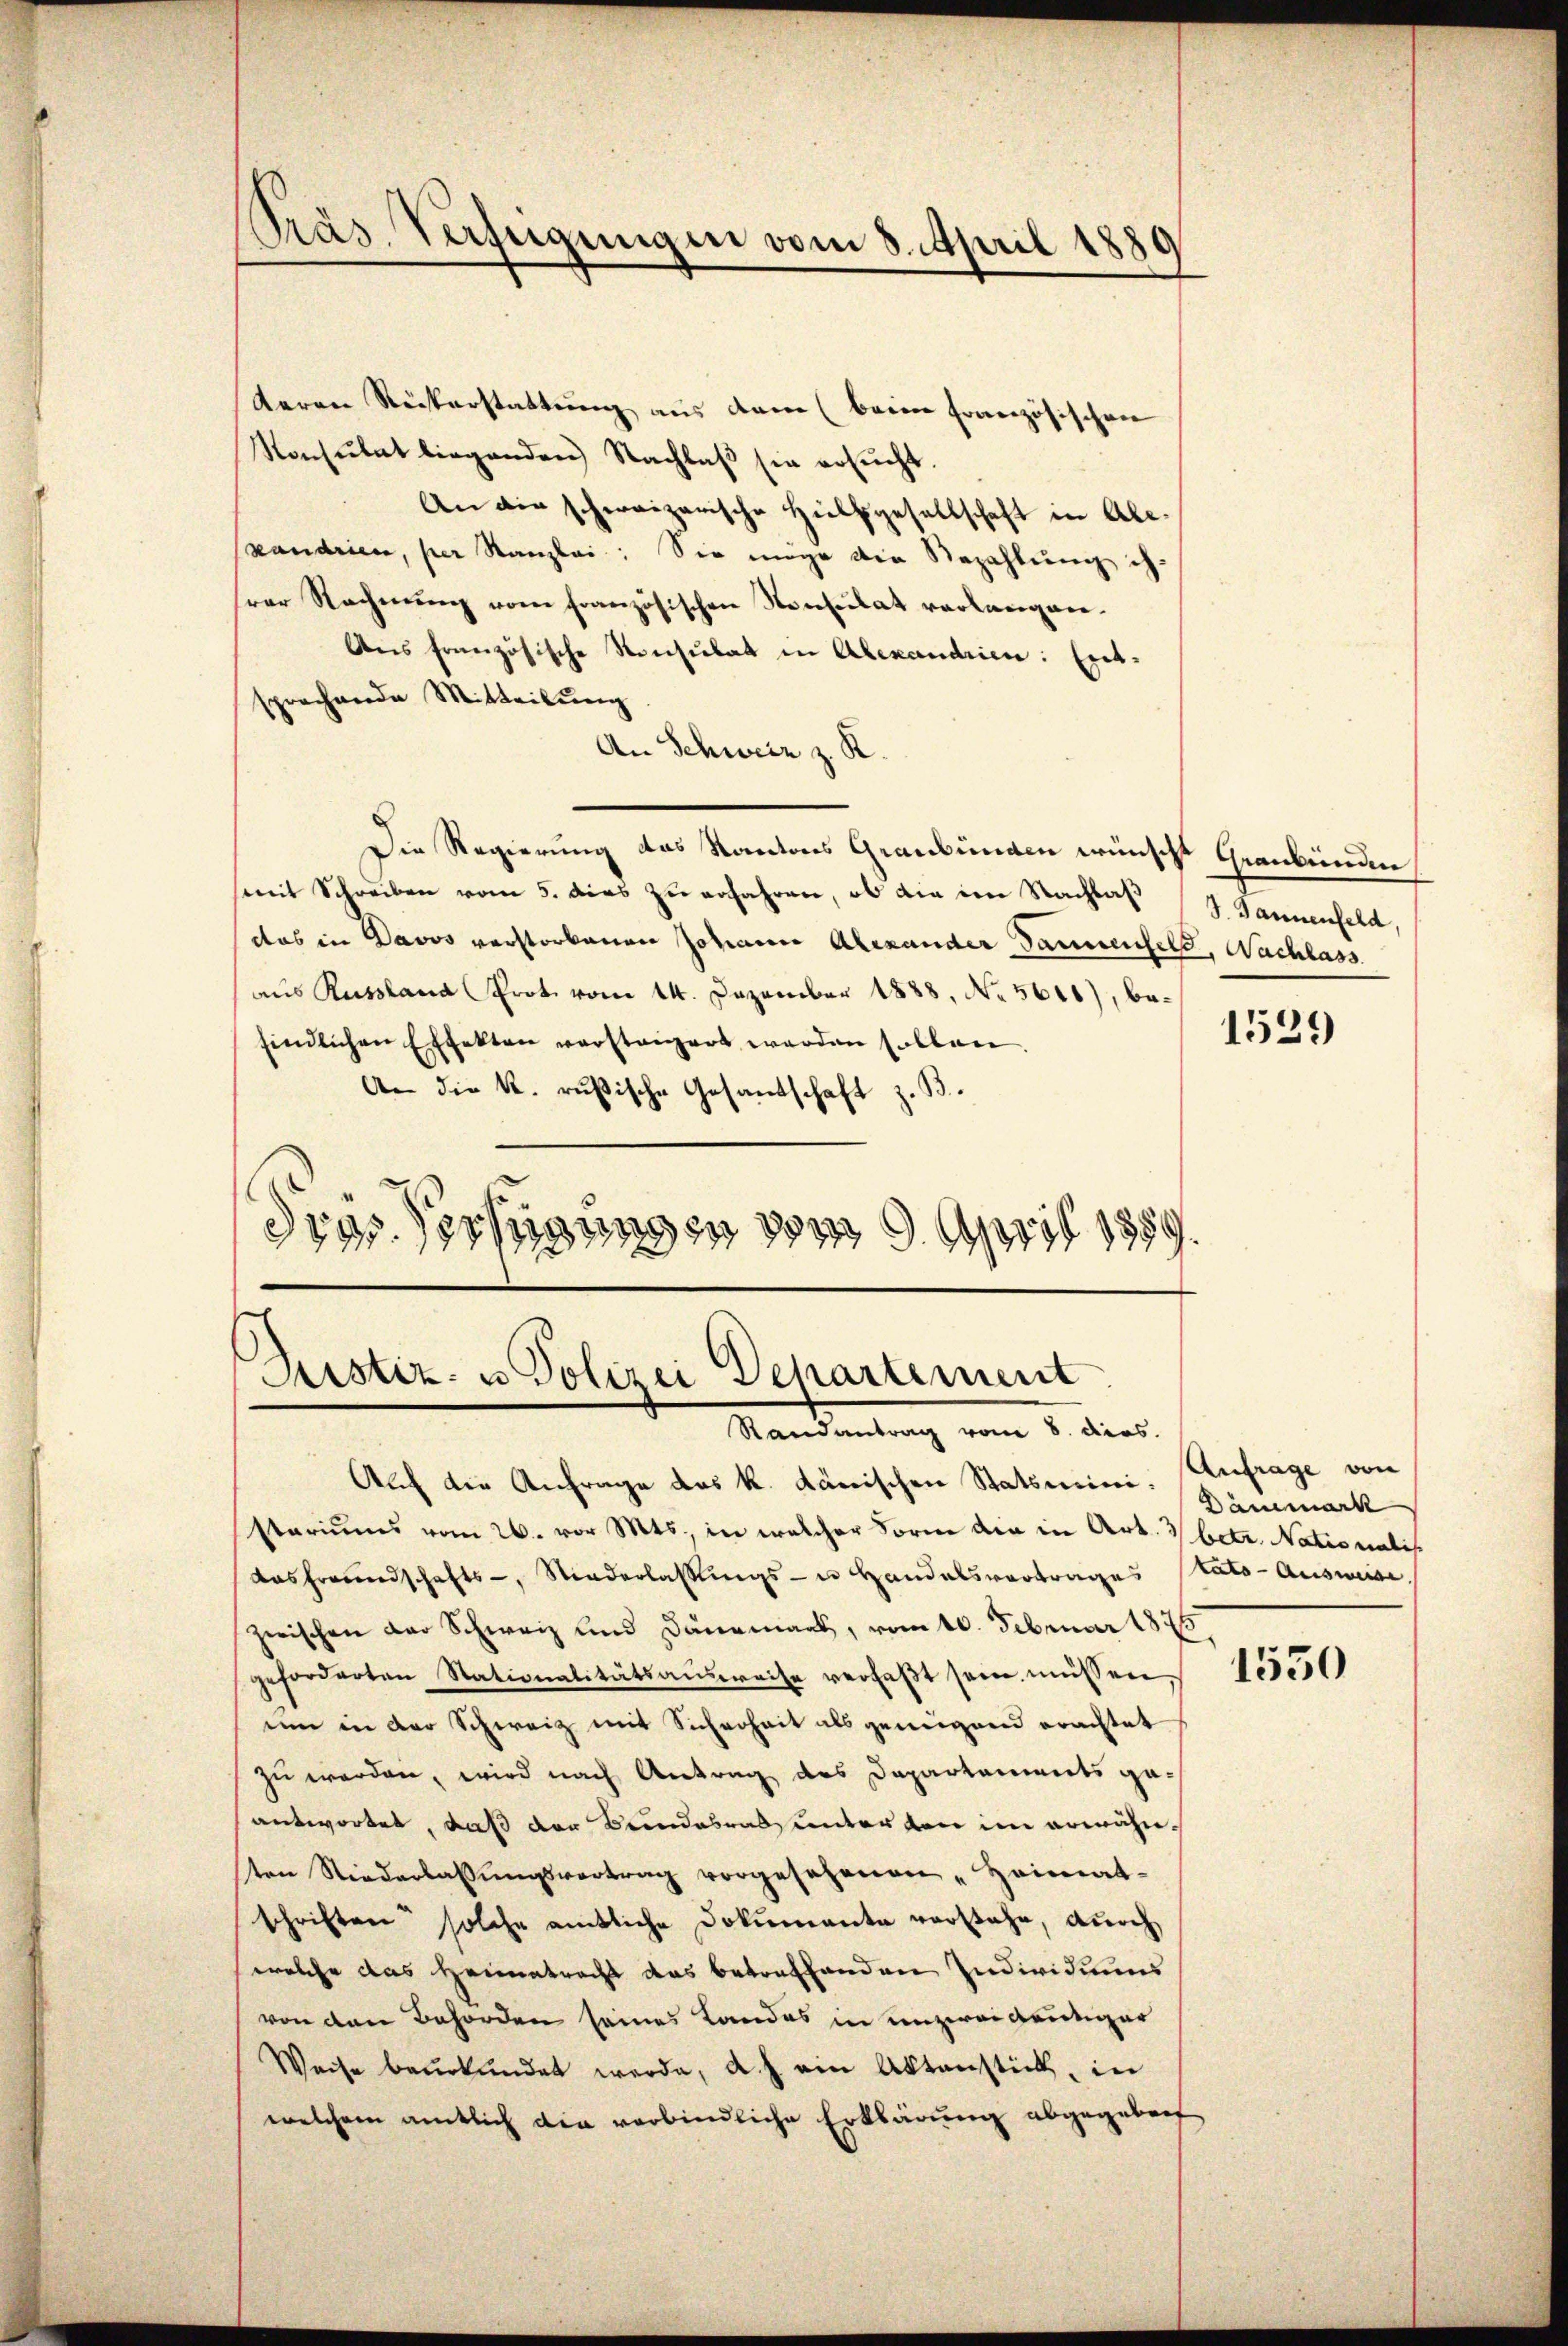
Präs. Verfügungen vom 8. April 1889

teren Rückerstattung aus dann (beim französischen
Konsulat liegenden Nachlaβ sie ersŭcht
An die schweizerische Hilfsgesellschaft in Ale-
xandrien, per Kanzlei: Sie möge die Bezahlung ih-
srer Rechnung vom französischen Konsulat verlangen.
Ans französische Konsulat in Alexandrien: Entsprechende Mitteilung
An Schweiz z. R.
Die Regierung des Kantons Graubünden wünscht Graubünden
(mit Schreiben vom 5. dies zu erfahren, ob die im Nachlaß
das in Davos verstorbenen Johann Alexander Sammenfeld, Nachlass
aus Russland Prot. vom 14. Dezember 1888, No 5611), befindlichen Effekten versteigert werden sollen.
An die k. rußische Gesandschaft z. B.
dres Verhängungen vom 9. April 1859

Sistiz- u Polizei Departement
Randantrag vom 8. dies

Auf die Anfrage das k. dänischen Statsmini, Anfrage von
stariums vom 26. vor Mts., in welcher Form die in Art. betr. Nationalis
das freundschafts-, Niederlassŭngs- u. Handelsvortrages tats-Ausweise.
zwischen der Schweiz und Dänemark, vom 10. Februar 1875
geforderten Nationalitätsansweise verfaßt sein müssen
ein in der Schweiz mit Sicherheit als genügend erachtet
zu werden, wird nach Antrag des Departements geantwortet, daß der Keindesrat unterten im erwähnten Niederlassŭngsvertrag vorgesehenen „Heimat-
schriften solche amtliche Dokumente vorstehe, durch
welche das Heimatrecht das betreffenden Individuums
von den Behörden seines Landes in unzweideutiger
Weise baŭrkŭndet werde, a. h. ein Aktenstück, in
welchem amtlich die verbindliche Erklärung abgegeben

J. Jannenfeld,

1539

Dänemark

1550